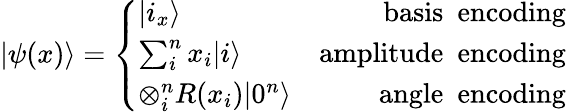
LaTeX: |\psi(x)\rangle=\left\{ \begin{array}{lr}{|i_{x}\rangle}&{\mathrm{basis~\ encoding}}\\ {\sum_{i}^{n}x_{i}|i\rangle}&{\mathrm{amplitude~\ encoding}}\\ {\otimes_{i}^{n}R(x_{i})|0^{n}\rangle}&{\mathrm{angle~\ encoding}}\end{array}\right.